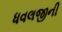
ધવલજીની